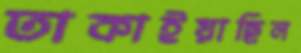
তাকাইয়াছিল